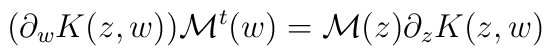
(\partial_w K(z,w)) {\cal M}^t(w) = {\cal M}(z) \partial_z K(z,w)